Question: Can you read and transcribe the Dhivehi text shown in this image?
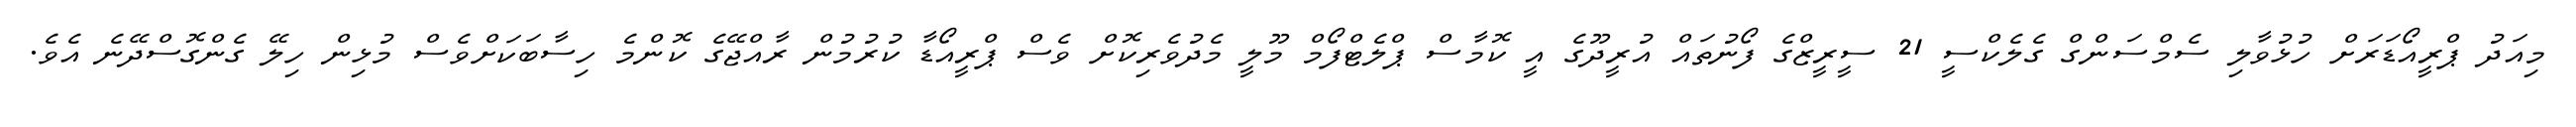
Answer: މިއަދު ޕްރީއޯޑަރަށް ހުޅުވާލި ސެމްސަންގް ގެލެކްސީ 21 ސީރީޒްގެ ފޯނުތައް އުރީދޫގެ އީ ކޮމާސް ޕްލެޓްފޯމް މޫލީ މެދުވެރިކޮށް ވެސް ޕްރީއޯޑާ ކުރުމުން ރާއްޖޭގެ ކޮންމެ ހިސާބަކަށްވެސް މުޅިން ހިލޭ ގެންގޮސްދޭނެ އެވެ.